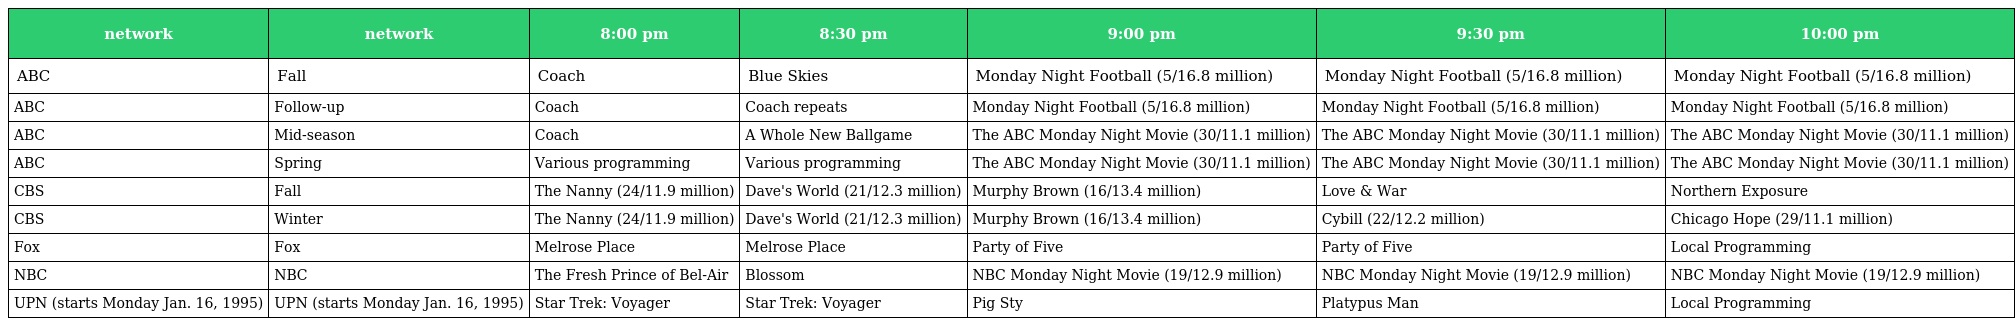
| network | network | 8:00 pm | 8:30 pm | 9:00 pm | 9:30 pm | 10:00 pm |
 | --- | --- | --- | --- | --- | --- | --- |
 | ABC | Fall | Coach | Blue Skies | Monday Night Football (5/16.8 million) | Monday Night Football (5/16.8 million) | Monday Night Football (5/16.8 million) |
 | ABC | Follow-up | Coach | Coach repeats | Monday Night Football (5/16.8 million) | Monday Night Football (5/16.8 million) | Monday Night Football (5/16.8 million) |
 | ABC | Mid-season | Coach | A Whole New Ballgame | The ABC Monday Night Movie (30/11.1 million) | The ABC Monday Night Movie (30/11.1 million) | The ABC Monday Night Movie (30/11.1 million) |
 | ABC | Spring | Various programming | Various programming | The ABC Monday Night Movie (30/11.1 million) | The ABC Monday Night Movie (30/11.1 million) | The ABC Monday Night Movie (30/11.1 million) |
 | CBS | Fall | The Nanny (24/11.9 million) | Dave's World (21/12.3 million) | Murphy Brown (16/13.4 million) | Love & War | Northern Exposure |
 | CBS | Winter | The Nanny (24/11.9 million) | Dave's World (21/12.3 million) | Murphy Brown (16/13.4 million) | Cybill (22/12.2 million) | Chicago Hope (29/11.1 million) |
 | Fox | Fox | Melrose Place | Melrose Place | Party of Five | Party of Five | Local Programming |
 | NBC | NBC | The Fresh Prince of Bel-Air | Blossom | NBC Monday Night Movie (19/12.9 million) | NBC Monday Night Movie (19/12.9 million) | NBC Monday Night Movie (19/12.9 million) |
 | UPN (starts Monday Jan. 16, 1995) | UPN (starts Monday Jan. 16, 1995) | Star Trek: Voyager | Star Trek: Voyager | Pig Sty | Platypus Man | Local Programming |